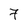
Character: 7